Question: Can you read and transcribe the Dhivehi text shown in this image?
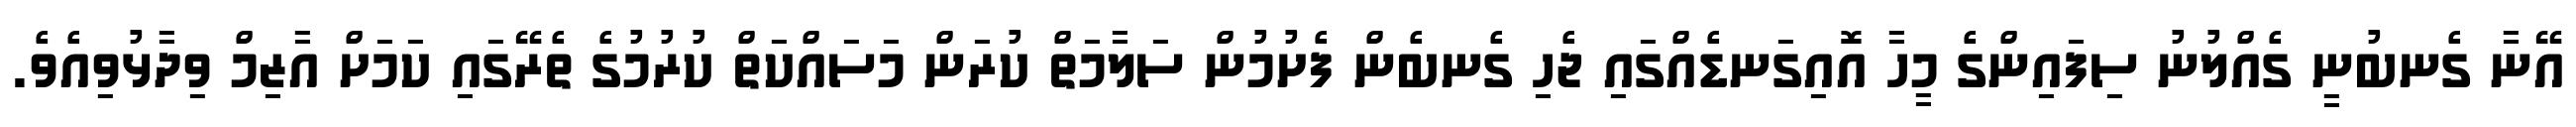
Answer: އޭނާ ގެނބުނީ ގެއްލުނު ސިފައިންގެ މީހާ އޮއިގަނޑެއްގައި ޖެހި ގެނބެން ފެށުމުން ސަލާމަތް ކުރަން މަސައްކަތް ކުރުމުގެ ތެރޭގައި ކަމަށް އާޒިމް ވިދާޅުވިއެވެ.